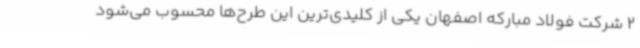
2 شرکت فولاد مبارکه اصفهان یکی از کلیدی‌ترین این طرح‌ها محسوب می‌شود